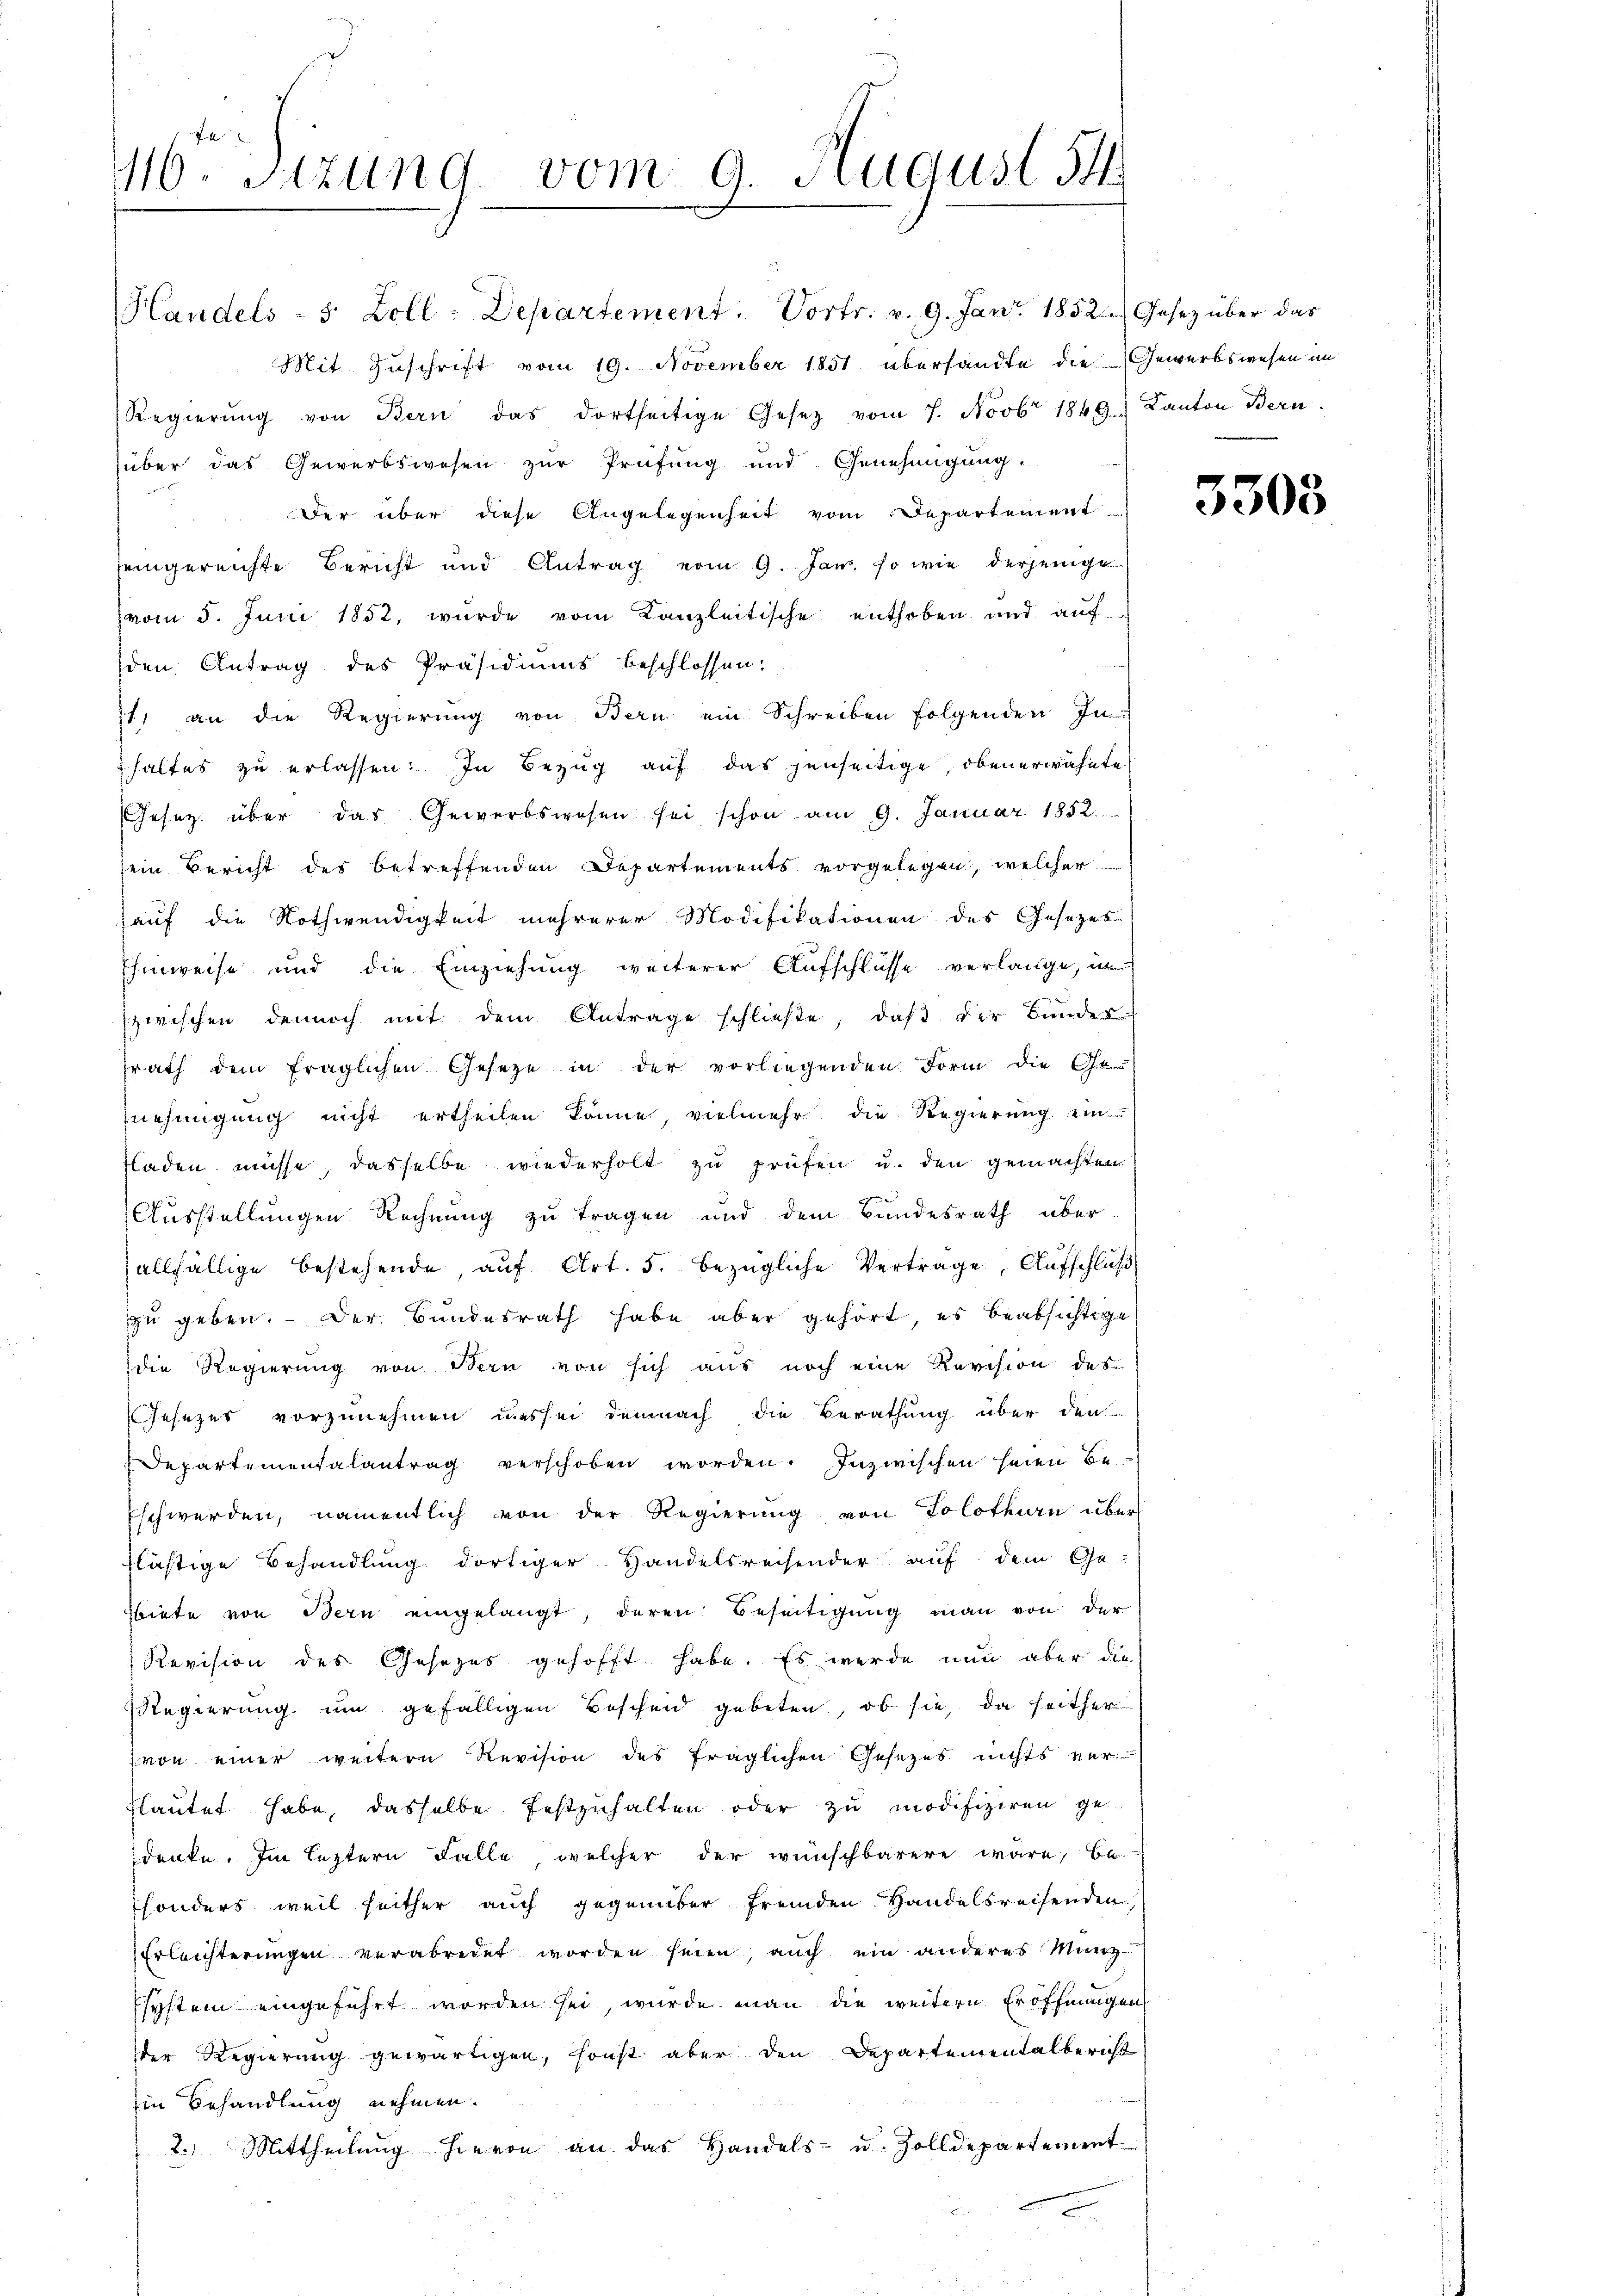
110. Sitzung vom 9. August 14

Handels- 5 Zoll-Departement. Vortr. v. 9. Janr. 1852.) Gesetz über das
Mit Zuschrift vom 19. November 1851 übersandte die Gewerbswesen im
Regierŭng von Bern das dortseitige Gesetz vom 7. Novbr 1849.) Kanton Bern.
über das Gewerbswesen zur Prüfung und Genehmigung.
Der über diese Angelegenheit vom Departement
eingereichte Bericht und Antrag vom 9. Jan. so wie derjenige
vom 5. Juni 1852, wurde vom Kanzleitische enthoben und auf
den Antrag des Präsidiums beschlossen:
71) an die Regierŭng von Bern ein Schreiben folgenden In-
haltes zu erlassen: In Bezug auf das jenseitige, obenerwähnte
Gesetz über das Gewerbswesen sei schon am 9. Januar 1852.
sein Bericht des betreffenden Departements vorgelegen, welcher
auf die Nothwendigkeit mehrerer Modifikationen des Gesezes
Ehinweise und die Einziehung weiterer Aufschlüsse verlange, un
zwischen dennoch mit dem Antrage schließe, daβ der Bunder-
zrath dem fraglichen Gesetze in der vorliegenden Form die Ge-
nehmigung nicht ertheilen könne, vielmehr die Regierung ein
tladen müsse, dasselbe wiederholt zu prüfen u. den gemachten
Ausstellungen Rechnung zu tragen und dem Bundesrath überallfällige bestehende auf Art. 5. bezügliche Vertrage, Aufschluß
zzu geben. Der Bundesrath habe aber gehört, es beabsichtige
die Regierung von Bern von sich aus noch eine Revision des
Jesezes vorzunehmen uns sei demnach die Berathung über den
Departementalantrag verschoben worden. Inzwischen seien be¬
Eschwerden, namentlich von der Regierŭng von Solothurn über
flästige Behandlung dortiger Handelsreisender auf dem Ge-
Biete von Bern eingelangt, deren Beseitigung man von der
Revision des Gesezes gehofft habe. Es werde nun aber die
Regierung um gefälligen Bescheid gebeten, ob sie, da seither
von einer weitern Revision des fraglichen Gesezes nichts ver
lautet habe, dasselbe festzuhalten oder zu modifiziren ge-
denke. Im leztern Falle, welcher der wünschbarere wäre, be-
sonders weil seither auch gegenüber fremden Handelsreisenden,
Erleichterungen verabredet worden seien, auch ein anderes Münzsystem eingeführt worden sei, wurde man die weitere Eröffnungen
der Regierung gewärtigen, sonst aber den Departementalbericht
in Behandlung nehmen.
2. Mittheilŭng hievon an das Handels- u. Zolldepartement

3303